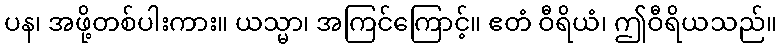
ပန၊ အဖို့တစ်ပါးကား။ ယသ္မာ၊ အကြင်ကြောင့်။ ဧတံ ဝီရိယံ၊ ဤဝီရိယသည်။